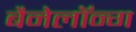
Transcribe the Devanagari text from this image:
बैनेलॉन्ग